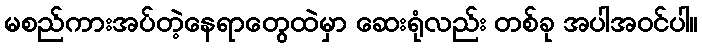
မစည်ကားအပ်တဲ့နေရာတွေထဲမှာ ဆေးရုံလည်း တစ်ခု အပါအဝင်ပါ။